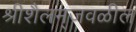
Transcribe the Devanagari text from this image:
श्रीशैलम्‌जवळील